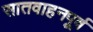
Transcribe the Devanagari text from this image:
सातवाहनपूर्व